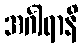
အင်္ဂါရာနိ